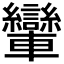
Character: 𨏶